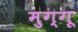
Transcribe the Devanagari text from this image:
मुग्गू